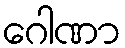
ဂေါဏာ